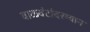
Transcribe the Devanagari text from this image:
वाळवंटांदरम्यान